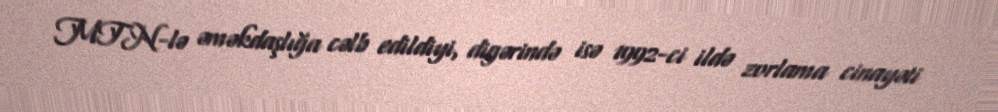
MTN-lə əməkdaşlığa cəlb edildiyi, digərində isə 1992-ci ildə zorlama cinayəti